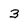
Character: 3